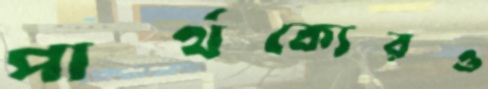
পার্থক্যেরও